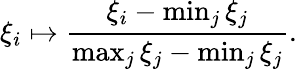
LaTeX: \xi_{i}\mapsto\frac{\xi_{i}-\operatorname*{min}_{j}\xi_{j}}{\operatorname*{max}_{j}\xi_{j}-\operatorname*{min}_{j}\xi_{j}}.